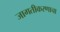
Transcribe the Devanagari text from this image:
जागतीकरणाचा